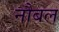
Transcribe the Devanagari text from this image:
नौबल